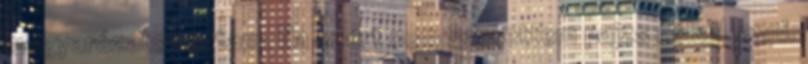
magyarázatot adtam. Na ezért nem szerettem pajzs nélkül lenni.